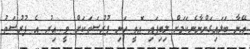
އޭނާ ބަލައިގަންނާނެކަމަަށް ލިބިފައި އޮތީ ހަނި ފުރުސަތަކަށް ވީ އިރު އެ ފުރުސަތުު